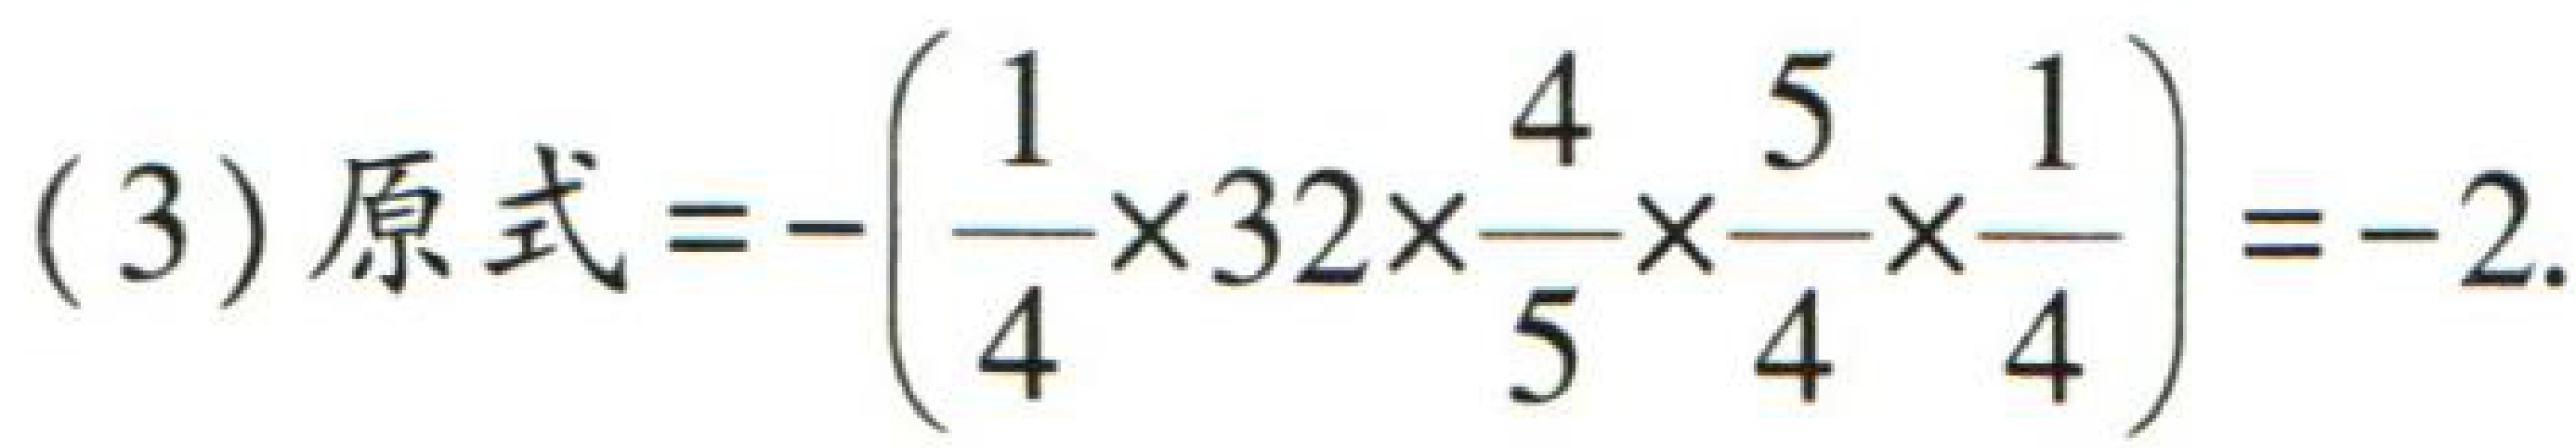
(3) 原式\(=-\left(\dfrac{1}{4} \times 32\times\dfrac{4}{5}\times\dfrac{5}{4}\times\dfrac{1}{4}\right)=-2\).